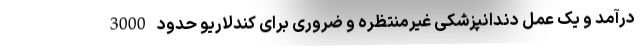
درآمد و یک عمل دندانپزشکی غیرمنتظره و ضروری برای کندلاریو حدود 3000